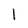
Character: 1